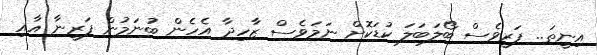
އިނީތަ.. ފަރީވެސް ބޯލަބަލަ ކުޑަކޮށް ނަމަވެސް ޒާހިދާ އެހެން ބުނަމުން ފަރީނާ އާއި